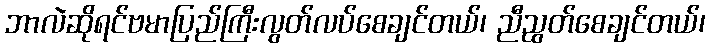
ဘာလဲဆိုရင်ဗမာပြည်ကြီးလွတ်လပ်စေချင်တယ်၊ ညီညွတ်စေချင်တယ်၊